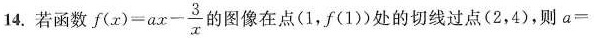
14.若函数 $$f ( x ) = a x - \frac { 3 } { x }$$ 的图像在点(1，f(1)处的切线过点(2，4)，则a=